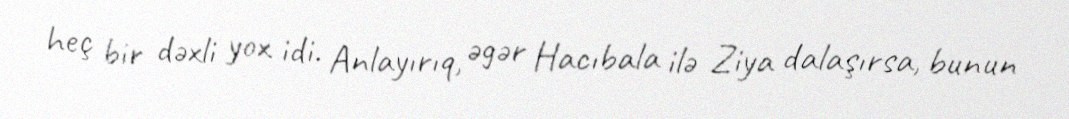
heç bir dəxli yox idi. Anlayırıq, əgər Hacıbala ilə Ziya dalaşırsa, bunun